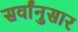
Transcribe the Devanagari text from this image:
सर्वांनुसार